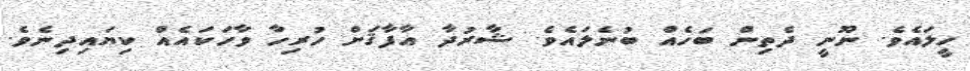
ހީލައެވެ. ނޫނީ ދެތިން ބަހެއް ބުނެލައެވެ. ޝާރުދާ އާފާޤަށް ހުރިހާ ވާހަކައެއް ކިޔައިދިނެވެ.